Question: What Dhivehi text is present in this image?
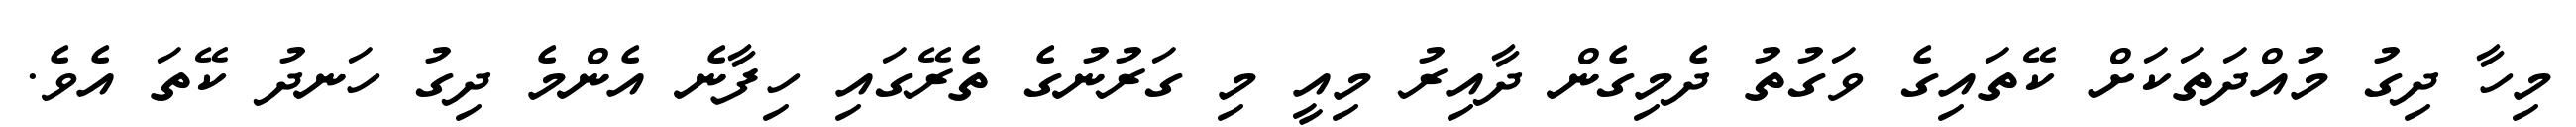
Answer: މިހާ ދިގު މުއްދަތަކަށް ކޭތައިގެ ވަގުތު ދެމިގެން ދާއިރު މިއީ މި ގަރުނުގެ ތެރޭގައި ހިފާނެ އެންމެ ދިގު ހަނދު ކޭތަ އެވެ.